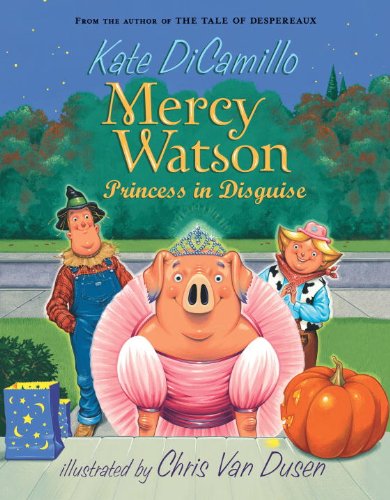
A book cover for Mercy Watson: Princess in Disguise; Kate DiCamillo; Children's Books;